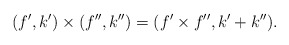
\begin{gather*}(f',k')\times(f'',k'') = (f'\times f'',k'+k'').\end{gather*}